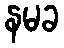
နမခ